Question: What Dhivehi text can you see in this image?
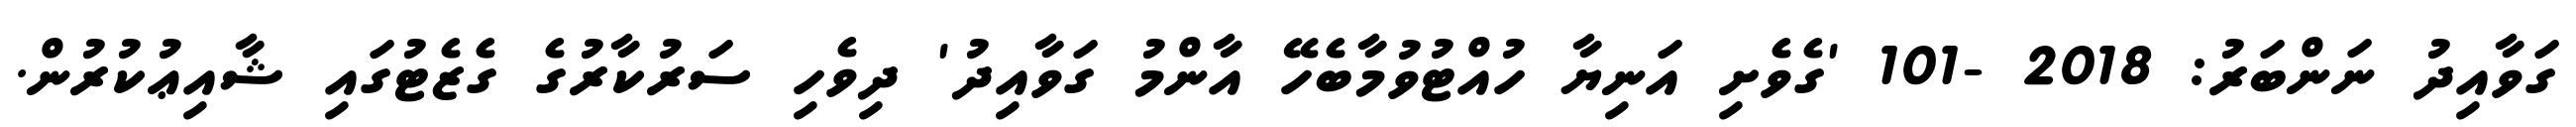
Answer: ގަވާއިދު ނަންބަރު: 2018 -101 'ގެވެށި އަނިޔާ ހުއްޓުވުމާބެހޭ އާންމު ގަވާއިދު' ދިވެހި ސަރުކާރުގެ ގެޒެޓުގައި ޝާއިޢުކުރުން.